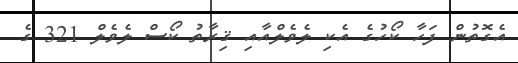
އެގޮތުން ފަހާ ކޯހުގެ އެކި ލެވެލްއާއި ޤިރާތު ކޯސް ލެވެލް 321 ގެ